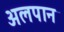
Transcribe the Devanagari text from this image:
अलपान